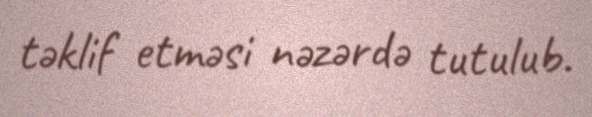
təklif etməsi nəzərdə tutulub.